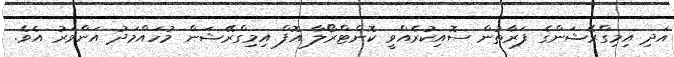
އަދި އިމިގްރޭޝަންގެ ފަރާތުން ސޮއިކުރެއްވީ ކޮންޓްރޯލާ އޮފް އިމިގްރޭޭޝަން މުހައްމަދު އަންވަރު އެވެ.